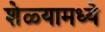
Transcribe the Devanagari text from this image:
शेळ्यामध्ये